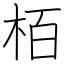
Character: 栢